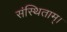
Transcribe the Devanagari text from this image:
संस्थिताम्‌।